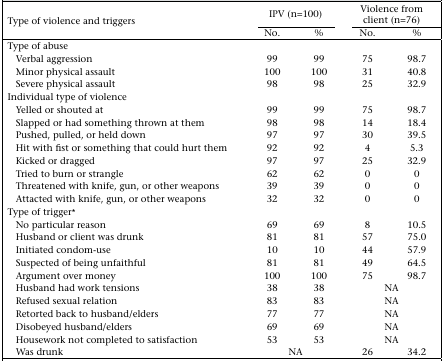
<table><thead><tr><td rowspan="2"><b>Type of violence and triggers</b></td><td colspan="2"><b>IPV (n=100)</b></td><td colspan="2"><b>Violence from client (n=76)</b></td></tr><tr><td><b>No.</b></td><td><b>%</b></td><td><b>No.</b></td><td><b>%</b></td></tr></thead><tbody><tr><td>Type of abuse</td><td></td><td></td><td></td><td></td></tr><tr><td>Verbal aggression</td><td>99</td><td>99</td><td>75</td><td>98.7</td></tr><tr><td>Minor physical assault</td><td>100</td><td>100</td><td>31</td><td>40.8</td></tr><tr><td>Severe physical assault</td><td>98</td><td>98</td><td>25</td><td>32.9</td></tr><tr><td>Individual type of violence</td><td></td><td></td><td></td><td></td></tr><tr><td>Yelled or shouted at</td><td>99</td><td>99</td><td>75</td><td>98.7</td></tr><tr><td>Slapped or had something thrown at them</td><td>98</td><td>98</td><td>14</td><td>18.4</td></tr><tr><td>Pushed, pulled, or held down</td><td>97</td><td>97</td><td>30</td><td>39.5</td></tr><tr><td>Hit with fist or something that could hurt them</td><td>92</td><td>92</td><td>4</td><td>5.3</td></tr><tr><td>Kicked or dragged</td><td>97</td><td>97</td><td>25</td><td>32.9</td></tr><tr><td>Tried to burn or strangle</td><td>62</td><td>62</td><td>0</td><td>0</td></tr><tr><td>Threatened with knife, gun, or other weapons</td><td>39</td><td>39</td><td>0</td><td>0</td></tr><tr><td>Attacted with knife, gun, or other weapons</td><td>32</td><td>32</td><td>0</td><td>0</td></tr><tr><td>Type of trigger*</td><td></td><td></td><td></td><td></td></tr><tr><td>No particular reason</td><td>69</td><td>69</td><td>8</td><td>10.5</td></tr><tr><td>Husband or client was drunk</td><td>81</td><td>81</td><td>57</td><td>75.0</td></tr><tr><td>Initiated condom-use</td><td>10</td><td>10</td><td>44</td><td>57.9</td></tr><tr><td>Suspected of being unfaithful</td><td>81</td><td>81</td><td>49</td><td>64.5</td></tr><tr><td>Argument over money</td><td>100</td><td>100</td><td>75</td><td>98.7</td></tr><tr><td>Husband had work tensions</td><td>38</td><td>38</td><td colspan="2">NA</td></tr><tr><td>Refused sexual relation</td><td>83</td><td>83</td><td colspan="2">NA</td></tr><tr><td>Retorted back to husband/elders</td><td>77</td><td>77</td><td colspan="2">NA</td></tr><tr><td>Disobeyed husband/elders</td><td>69</td><td>69</td><td colspan="2">NA</td></tr><tr><td>Housework not completed to satisfaction</td><td>53</td><td>53</td><td colspan="2">NA</td></tr><tr><td>Was drunk</td><td colspan="2">NA</td><td>26</td><td>34.2</td></tr></tbody></table>